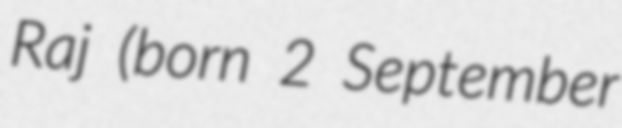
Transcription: Raj (born 2 September